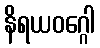
နိရယဝဂ္ဂေါ